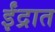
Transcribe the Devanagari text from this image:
ईंद्रात